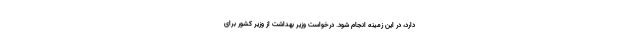
دارد، در این زمینه انجام شود. درخواست وزیر بهداشت از وزیر کشور برای